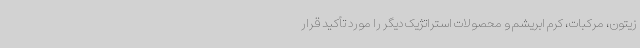
زیتون، مرکبات، کرم ابریشم و محصولات استراتژیک دیگر را مورد تأکید قرار